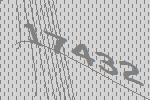
17432